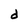
Character: d